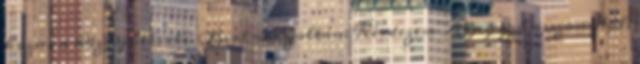
hozni a közgyűlés elé. Birkner Zoltán: Kérdezem Aljegyző asszonytól,